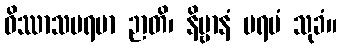
ဝိဿာသပရမာ ဉာတိ၊ နိဗ္ဗာနံ ပရမံ သုခံ။